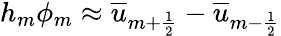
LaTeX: h_{m}\phi_{m}\approx\overline{{u}}_{m+\frac{1}{2}}-\overline{{u}}_{m-\frac{1}{2}}